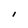
Character: I